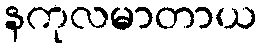
နကုလမာတာယ